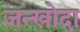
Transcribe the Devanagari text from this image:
जन्खोदा